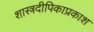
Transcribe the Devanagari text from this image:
शास्त्रदीपिकाप्रकाश